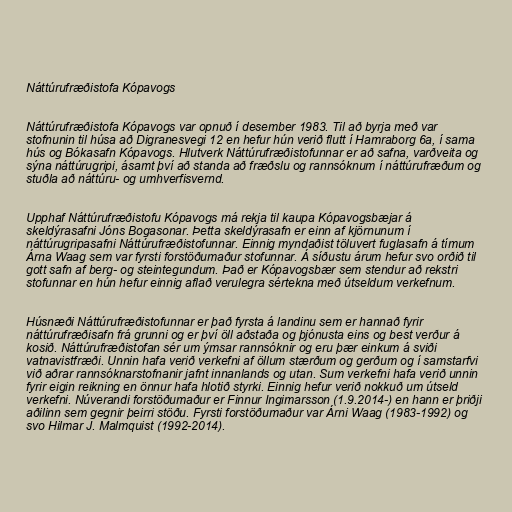
Náttúrufræðistofa Kópavogs

Náttúrufræðistofa Kópavogs var opnuð í desember 1983. Til að byrja með var
stofnunin til húsa að Digranesvegi 12 en hefur hún verið flutt í Hamraborg 6a, í sama
hús og Bókasafn Kópavogs. Hlutverk Náttúrufræðistofunnar er að safna, varðveita og
sýna náttúrugripi, ásamt því að standa að fræðslu og rannsóknum í náttúrufræðum og
stuðla að náttúru- og umhverfisvernd.

Upphaf Náttúrufræðistofu Kópavogs má rekja til kaupa Kópavogsbæjar á
skeldýrasafni Jóns Bogasonar. Þetta skeldýrasafn er einn af kjörnunum í
náttúrugripasafni Náttúrufræðistofunnar. Einnig myndaðist töluvert fuglasafn á tímum
Árna Waag sem var fyrsti forstöðumaður stofunnar. Á síðustu árum hefur svo orðið til
gott safn af berg- og steintegundum. Það er Kópavogsbær sem stendur að rekstri
stofunnar en hún hefur einnig aflað verulegra sértekna með útseldum verkefnum.

Húsnæði Náttúrufræðistofunnar er það fyrsta á landinu sem er hannað fyrir
náttúrufræðisafn frá grunni og er því öll aðstaða og þjónusta eins og best verður á
kosið. Náttúrufræðistofan sér um ýmsar rannsóknir og eru þær einkum á sviði
vatnavistfræði. Unnin hafa verið verkefni af öllum stærðum og gerðum og í samstarfvi
við aðrar rannsóknarstofnanir jafnt innanlands og utan. Sum verkefni hafa verið unnin
fyrir eigin reikning en önnur hafa hlotið styrki. Einnig hefur verið nokkuð um útseld
verkefni. Núverandi forstöðumaður er Finnur Ingimarsson (1.9.2014-) en hann er þriðji
aðilinn sem gegnir þeirri stöðu. Fyrsti forstöðumaður var Árni Waag (1983-1992) og
svo Hilmar J. Malmquist (1992-2014).